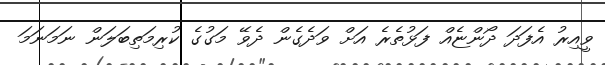
ވީއިރު އެފަދަ ދޯންޏެއް ފަޅުތެރެ އަށް ވަދެގެން ދެވޭ މަގުގެ ކުރިމަތިބަލަން ނަމަނަމަ